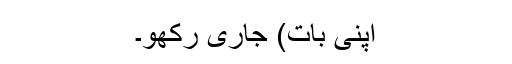
اپنی بات) جاری رکھو۔